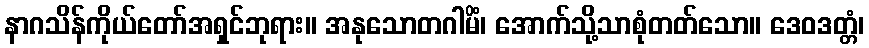
နာဂသိန်ကိုယ်တော်အရှင်ဘုရား။ အနုသောတဂါမိံ၊ အောက်သို့သာစုံတတ်သော။ ဒေဝဒတ္တံ၊